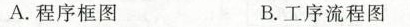
A.程序框图 B.工序流程图